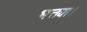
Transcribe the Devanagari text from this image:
भक्त्या।